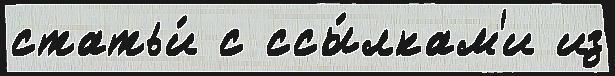
статьи́ с ссы́лкам'и из